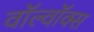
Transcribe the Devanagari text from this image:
वॉल्वॉक्स